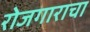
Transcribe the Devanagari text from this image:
रोजगाराचा